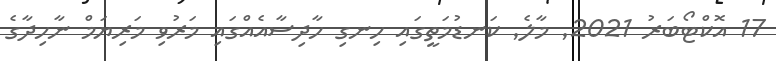
17 އޮކްޓޯބަރު 2021